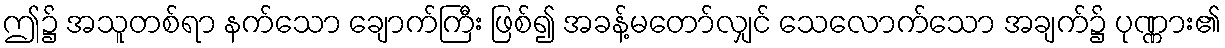
ဤ၌ အသူတစ်ရာ နက်သော ချောက်ကြီး ဖြစ်၍ အခန့်မတော်လျှင် သေလောက်သော အချက်၌ ပုဏ္ဏား၏